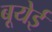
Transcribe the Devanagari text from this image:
बूयेई